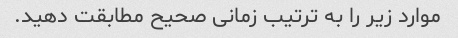
موارد زیر را به ترتیب زمانی صحیح مطابقت دهید.